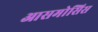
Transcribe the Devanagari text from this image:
आसमोसिस